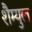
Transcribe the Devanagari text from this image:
शैम्युल